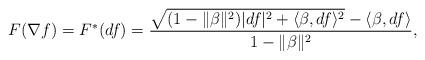
LaTeX: \begin{align*} F(\nabla f)= F^*(df)=\frac{\sqrt{(1-\|\beta\|^2)|df|^2+\langle \beta,df \rangle^2}-\langle \beta,df \rangle}{1-\|\beta\|^2}, \end{align*}